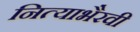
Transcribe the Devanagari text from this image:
नित्याभैरवी